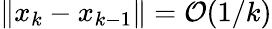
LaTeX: \| x_{k}-x_{k-1}\| =\mathcal{O}(1/k)